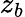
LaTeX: z_{b}